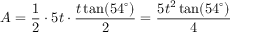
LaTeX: A = { \frac { 1 } { 2 } } \cdot 5 t \cdot { \frac { t \tan ( 5 4 ^ { \circ } ) } { 2 } } = { \frac { 5 t ^ { 2 } \tan ( 5 4 ^ { \circ } ) } { 4 } }